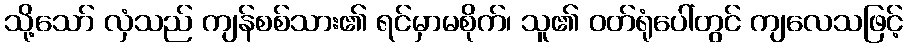
သို့သော် လှံသည် ကျန်စစ်သား၏ ရင်မှာမစိုက်၊ သူ၏ ဝတ်ရုံပေါ်တွင် ကျလေသဖြင့်